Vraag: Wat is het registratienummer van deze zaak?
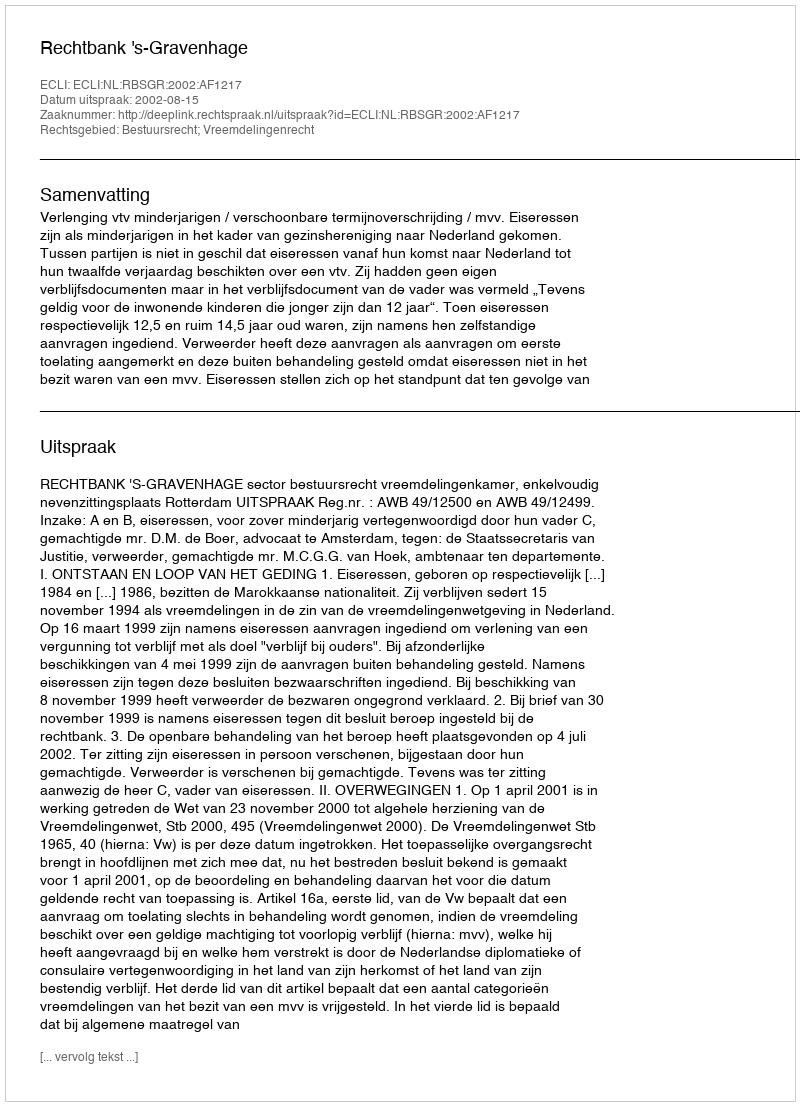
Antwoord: http://deeplink.rechtspraak.nl/uitspraak?id=ECLI:NL:RBSGR:2002:AF1217